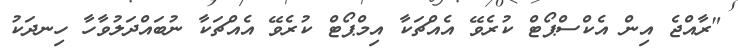
"ރާއްޖެ އިން އެކްސްޕޯޓް ކުރެވޭ އެއްޗަކާ އިމްޕޯޓް ކުރެވޭ އެއްޗަކާ ނުބައްދަލުވާހާ ހިނދަކު